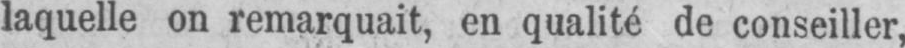
laquelle on remarquait, en qualité de conseiller,